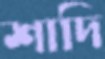
শাদি